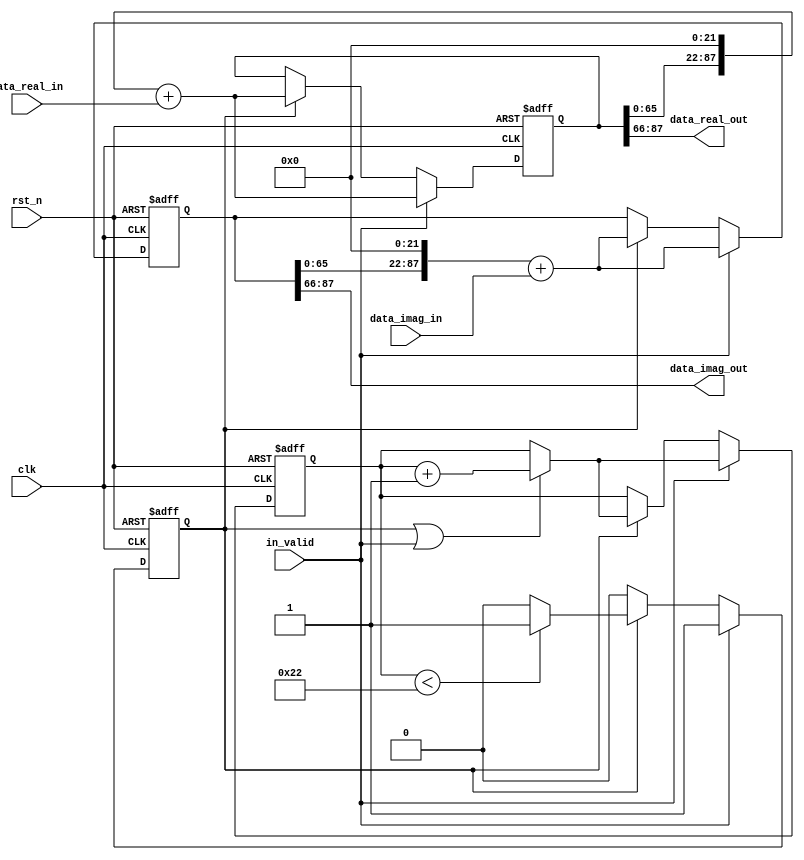

module shift_register_4(
    input clk,
    input in_valid,
    input rst_n,
    input signed [21:0] data_real_in,
    input signed [21:0] data_imag_in,
    output signed [21:0] data_real_out,
    output signed [21:0] data_imag_out
);
reg [5:0] nxt_counter,counter;
reg valid,nxt_valid;

reg [87:0] shift_register_real,shift_register_imag;
reg [87:0] t_shift_register_real,t_shift_register_imag;
assign data_real_out = shift_register_real[87:66];
assign data_imag_out = shift_register_imag[87:66];


always@(*)begin
    nxt_valid = (counter<34)?valid:'d0;
    nxt_counter = (valid || in_valid)?counter + 'd1:counter;
    t_shift_register_real = shift_register_real;
    t_shift_register_imag = shift_register_imag;
end


always@(posedge clk or negedge rst_n)begin
    if(!rst_n)begin
        counter <= 0;
        valid <= 0;
        shift_register_real <= 0;
        shift_register_imag <= 0;
    end
    else begin
        if(in_valid)begin
            shift_register_real <= (t_shift_register_real<<22) + data_real_in;
            shift_register_imag <= (t_shift_register_imag<<22) + data_imag_in;
            counter <= nxt_counter;
            valid <= in_valid;

        end
        else if(valid)begin
            shift_register_real <= (t_shift_register_real<<22) + data_real_in;
            shift_register_imag <= (t_shift_register_imag<<22) + data_imag_in;
            counter <= nxt_counter;
            valid <= nxt_valid;
        end
    end
end
endmodule